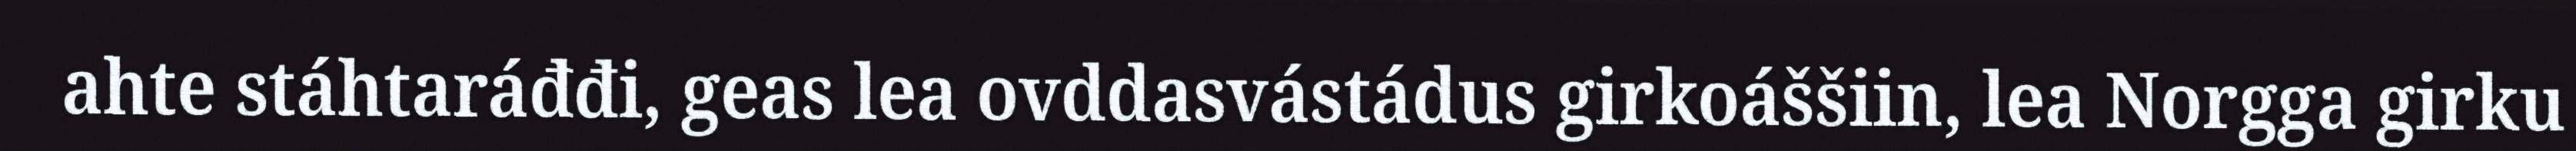
ahte stáhtaráđđi, geas lea ovddasvástádus girkoáššiin, lea Norgga girku